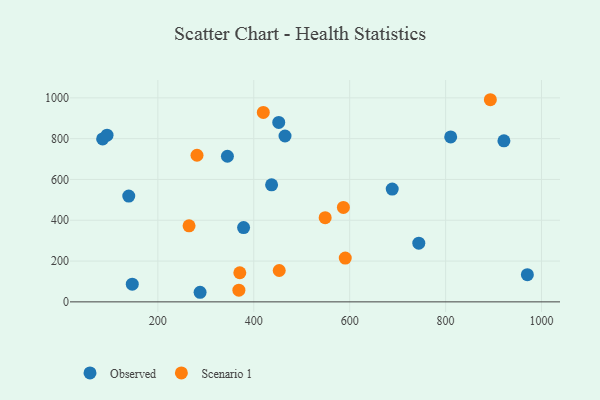
{"axis": {"x": "Study Hours", "y": "Fuel Efficiency"}, "legend": ["Observed", "Scenario 1"], "data": [{"x": "970.5", "y": 133.1, "type": "Observed"}, {"x": "921.6", "y": 789.5, "type": "Observed"}, {"x": "744.1", "y": 287.6, "type": "Observed"}, {"x": "437.2", "y": 573.6, "type": "Observed"}, {"x": "810.6", "y": 808.5, "type": "Observed"}, {"x": "139.4", "y": 518.3, "type": "Observed"}, {"x": "452.1", "y": 879.4, "type": "Observed"}, {"x": "84.9", "y": 798.8, "type": "Observed"}, {"x": "288.1", "y": 47.0, "type": "Observed"}, {"x": "345.1", "y": 713.7, "type": "Observed"}, {"x": "94.1", "y": 817.2, "type": "Observed"}, {"x": "378.8", "y": 364.1, "type": "Observed"}, {"x": "465.2", "y": 813.0, "type": "Observed"}, {"x": "146.7", "y": 86.8, "type": "Observed"}, {"x": "688.7", "y": 553.0, "type": "Observed"}, {"x": "419.9", "y": 928.3, "type": "Scenario 1"}, {"x": "281.7", "y": 718.6, "type": "Scenario 1"}, {"x": "370.9", "y": 142.6, "type": "Scenario 1"}, {"x": "586.9", "y": 462.9, "type": "Scenario 1"}, {"x": "548.9", "y": 412.6, "type": "Scenario 1"}, {"x": "893.3", "y": 990.7, "type": "Scenario 1"}, {"x": "590.8", "y": 214.4, "type": "Scenario 1"}, {"x": "265.1", "y": 372.8, "type": "Scenario 1"}, {"x": "369.0", "y": 57.5, "type": "Scenario 1"}, {"x": "453.1", "y": 153.7, "type": "Scenario 1"}]}